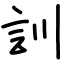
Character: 訓